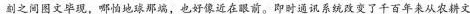
刻之间图文毕现，哪怕地球那端，也好像近在眼前。即时通讯系统改变了千百年来从农耕文